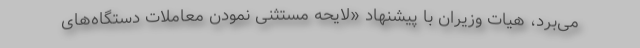
می‌برد، هیات وزیران با پیشنهاد «لایحه مستثنی نمودن معاملات دستگاه‌های